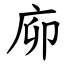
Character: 㡻